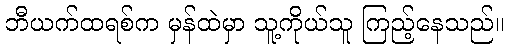
ဘီယက်ထရစ်က မှန်ထဲမှာ သူ့ကိုယ်သူ ကြည့်နေသည်။